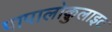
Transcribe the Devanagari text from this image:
पापालोक़ुलाइट